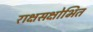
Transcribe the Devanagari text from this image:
राक्षसक्षोभित